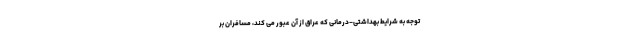
توجه به شرایط بهداشتی-درمانی که عراق از آن عبور می کند، مسافران بر